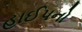
હાઈપનો